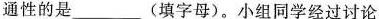
通性的是_________________(填字母)。小组同学经过讨论